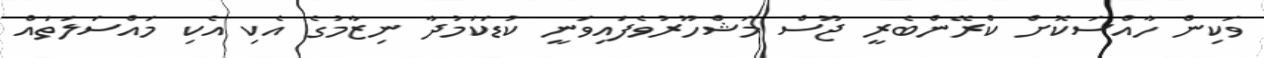
ވަކިން ހާއްސަކޮށް ކްރޭންބެރީ ޖޫސް މަޝްހޫރުވެފައިވަނީ ކުޑަކަމުދާ ނިޒާމުގެ އެކި އެކި މައްސަލަތައް